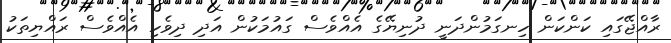
ރާއްޖޭގައި ކަންކަން ހިނގަމުންދަނީ ދުނިޔޭގެ އެއްވެސް ގައުމަކުން އަދި ދިވެހި އެއްވެސް ރައްޔިތަކު